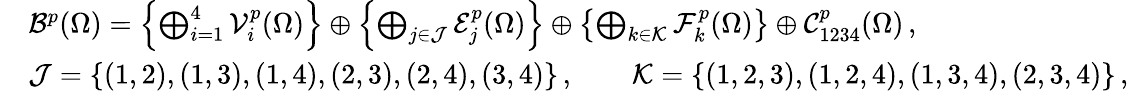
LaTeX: \begin{array}{rl}&{\mathcal{B}^{p}(\Omega)=\left\{ \bigoplus_{i=1}^{4}\mathcal{V}_{i}^{p}(\Omega)\right\} \oplus\left\{ \bigoplus_{j\in\mathcal{J}}\mathcal{E}_{j}^{p}(\Omega)\right\} \oplus\left\{ \bigoplus_{k\in\mathcal{K}}\mathcal{F}_{k}^{p}(\Omega)\right\} \oplus\mathcal{C}_{1234}^{p}(\Omega)\, ,}\\ &{\mathcal{J}=\{ (1,2),(1,3),(1,4),(2,3),(2,4),(3,4)\} \, ,\qquad\mathcal{K}=\{ (1,2,3),(1,2,4),(1,3,4),(2,3,4)\} \, ,}\end{array}